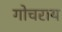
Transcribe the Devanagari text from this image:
गोचराय